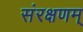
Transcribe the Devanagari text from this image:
संरक्षणम्‌